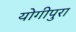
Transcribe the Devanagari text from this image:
योगीपुरा